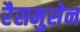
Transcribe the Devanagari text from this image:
रैसमुसेन